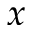
x